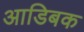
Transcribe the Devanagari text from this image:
आडिबक